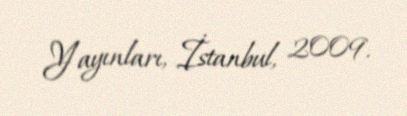
Yayınları, İstanbul, 2009.